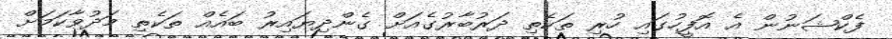
ފެކްޝަނުން އެ އޮފީހުގައި ހުރި ތަކެތި ދަރުބާރުގެއަށް ގެންދިޔައިރު ބައެއް ތަކެތި މަދުވާކަމަށް